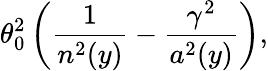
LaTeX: \theta_{0}^{2}\left(\frac{1}{n^{2}(y)}-\frac{\gamma^{2}}{a^{2}(y)}\right),